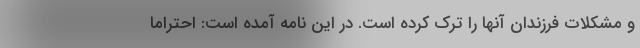
و مشکلات فرزندان آنها را ترک کرده است. در این نامه آمده است: احتراماً